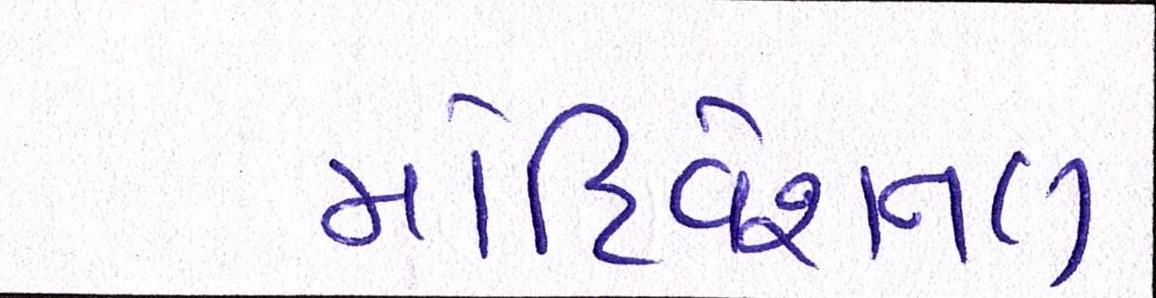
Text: મોટિવેશનલ